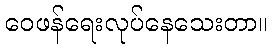
ဝေဖန်ရေးလုပ်နေသေးတာ။